Subject: eess
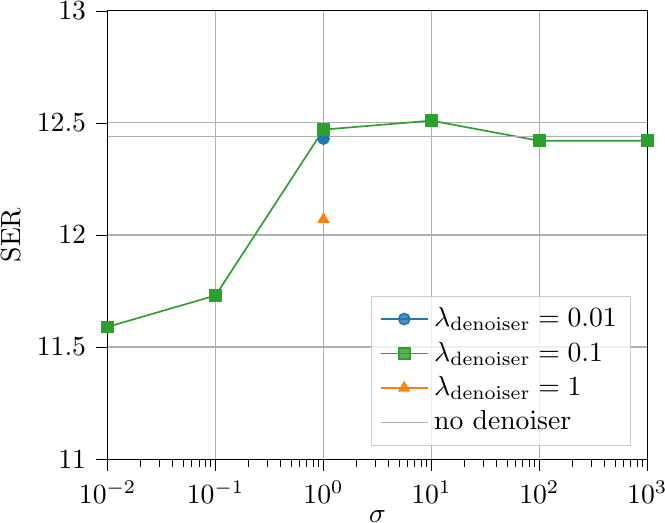
LaTeX code:
\begin{tikzpicture}

\definecolor{crimson2143940}{RGB}{214,39,40}
\definecolor{darkgray176}{RGB}{176,176,176}
\definecolor{darkorange25512714}{RGB}{255,127,14}
\definecolor{forestgreen4416044}{RGB}{44,160,44}
\definecolor{lightgray204}{RGB}{204,204,204}
\definecolor{mediumpurple148103189}{RGB}{148,103,189}
\definecolor{steelblue31119180}{RGB}{31,119,180}

\begin{axis}[
legend cell align={left},
legend style={
  fill opacity=0.8,
  draw opacity=1,
  text opacity=1,
  at={(0.97,0.03)},
  anchor=south east,
  draw=lightgray204
},
log basis x={10},
tick align=outside,
tick pos=left,
x grid style={darkgray176},
xlabel={$\sigma$},
xmin=0.01, xmax=1000,
xmode=log,
xtick style={color=black},
y grid style={darkgray176},
ylabel={SER},
ymin=11, ymax=13,
xmajorgrids,
ymajorgrids,
ytick style={color=black}
]

\addplot [semithick, steelblue31119180, mark=*]
table {%
1 12.43
};
\addlegendentry{$\lambda_{\text{denoiser}} = 0.01$}

\addplot [semithick, forestgreen4416044, mark=square*]
table {%
0.01 11.59
0.1 11.73
1 12.47
10 12.51
100 12.42
1000 12.42
};
\addlegendentry{$\lambda_{\text{denoiser}} = 0.1$}

\addplot [semithick, darkorange25512714, mark=triangle*]
table {%
1 12.07
};
\addlegendentry{$\lambda_{\text{denoiser}} = 1$}

\addplot [semithick, darkgray176]
table {%
0.01 12.44
1000 12.44
};
\addlegendentry{no denoiser}

\end{axis}

\end{tikzpicture}